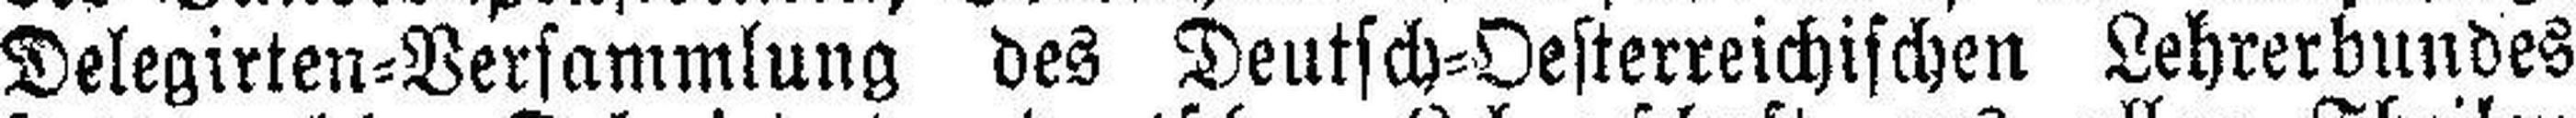
Delegirten=Versammlung des Deutsch=Oesterreichischen Lehrerbundes